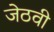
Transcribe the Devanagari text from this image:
जेठवी